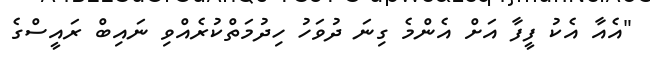
"އެއާ އެކު ފީފާ އަށް އެންމެ ގިނަ ދުވަހު ހިދުމަތްކުރެއްވި ނައިބް ރައީސްގެ